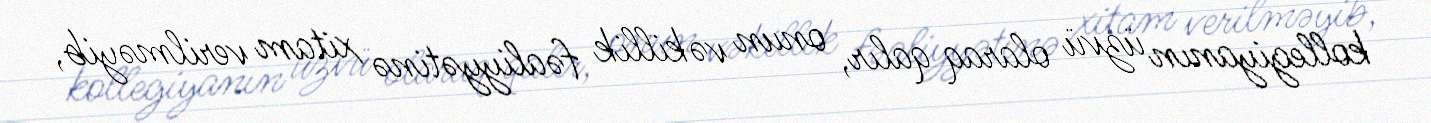
kollegiyanın üzvü olaraq qalır, onun vəkillik fəaliyyətinə xitam verilməyib,